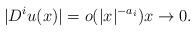
LaTeX: \begin{align*} |D^iu(x)| = o(|x|^{-a_i})x\to 0.\end{align*}